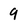
Character: 9